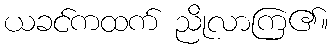
ယခင်ကထက် ညိုလာကြ၏။